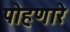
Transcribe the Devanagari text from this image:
पोहणारे